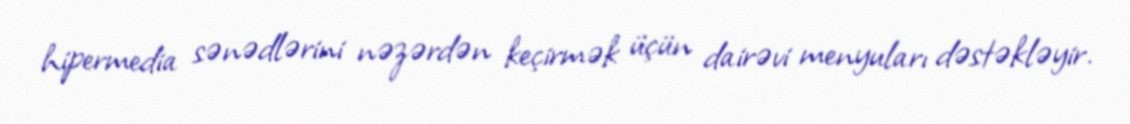
hipermedia sənədlərini nəzərdən keçirmək üçün dairəvi menyuları dəstəkləyir.